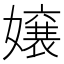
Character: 嬢